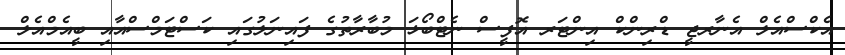
އެކްސްއެލް އެނާރޖީ ޑްރިންކް އިންޓަރ އޮފީސް ނެޓްބޯޅަ މުބާރާތުގެ ފައިނަލުގައި ކަސްޓަމްސްއާއި ބީއެމްއެލް